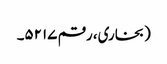
(بخاری، رقم ۵۲۱۷۔